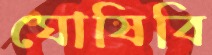
ঘোষিবি